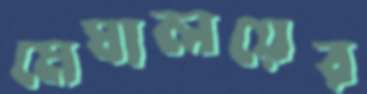
মেঘালয়ের